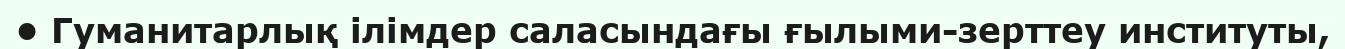
• Гуманитарлық ілімдер саласындағы ғылыми-зерттеу институты,